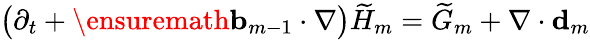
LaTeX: \bigl(\partial_{t}+\ensuremath{\mathbf{b}}_{m-1}\cdot\nabla\bigr)\widetilde{H}_{m}=\widetilde{G}_{m}+\nabla\cdot\mathbf{d}_{m}